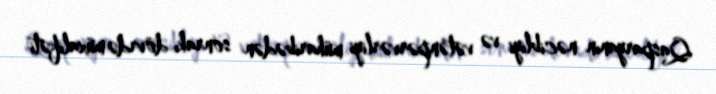
Qasparyanın nəcibliyi və vətənpərvərliyi müharibədən sonrakı dövrdə müxalifəti